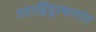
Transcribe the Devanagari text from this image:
उत्तरहिंदुस्थानांत